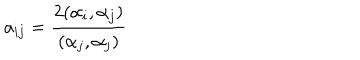
a _ { i j } = \frac { 2 ( \alpha _ { i } , \alpha _ { j } ) } { ( \alpha _ { j } , \alpha _ { j } ) }